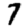
Digit: 7